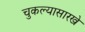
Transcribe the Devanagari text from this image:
चुकल्यासारखे